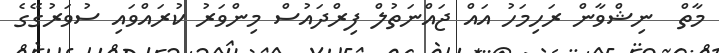
މާތް  ނިޝްވާން ރަހިމަހު އައް ޖައްނަތުލް ފިރްދައުސް މިންވަރު ކުރައްވައި ސުވަރުގޭގެ